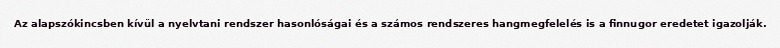
Az alapszókincsben kívül a nyelvtani rendszer hasonlóságai és a számos rendszeres hangmegfelelés is a finnugor eredetet igazolják.